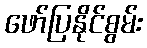
ဖော်ပြနိုင်စွမ်း